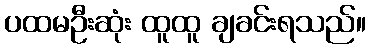
ပထမဦးဆုံး ထူထူ ချခင်းရသည်။